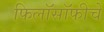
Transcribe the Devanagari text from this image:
फिलॉसॉफीचे